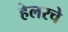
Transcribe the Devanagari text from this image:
हेलरचे